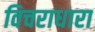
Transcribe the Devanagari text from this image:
विचराधारा